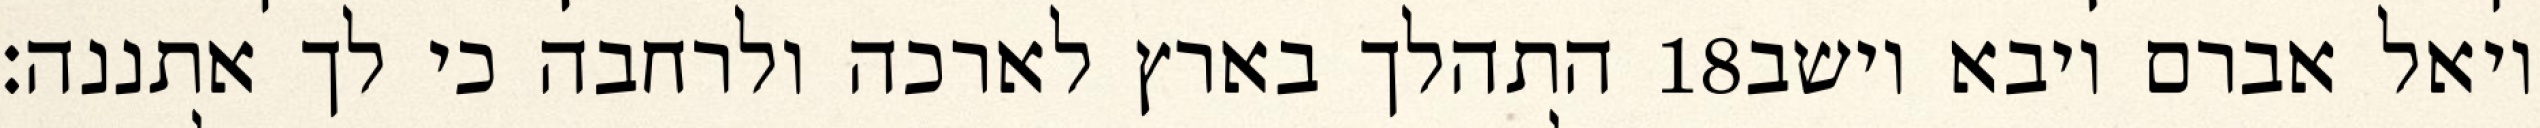
התהלך בארץ לארכה ולרחבה כי לך אתננה׃ ‎18‏ ויאל אברם ויבא וישב